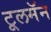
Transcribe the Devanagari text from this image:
टूलमॅन